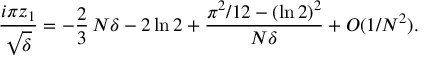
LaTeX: { \frac { i \pi z _ { 1 } } { \sqrt { \delta } } } = - { \frac { 2 } { 3 } } \, N \delta - 2 \ln 2 + { \frac { \pi ^ { 2 } / 1 2 - ( \ln 2 ) ^ { 2 } } { N \delta } } + { \cal O } ( 1 / N ^ { 2 } ) .